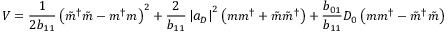
V = \frac { 1 } { 2 { b } _ { 1 1 } } \left( \tilde { m } ^ { \dagger } \tilde { m } - m ^ { \dagger } m \right) ^ { 2 } + \frac { 2 } { { b } _ { 1 1 } } \left| a _ { D } \right| ^ { 2 } \left( m m ^ { \dagger } + \tilde { m } \tilde { m } ^ { \dagger } \right) + \frac { { b } _ { 0 1 } } { { b } _ { 1 1 } } D _ { 0 } \left( m m ^ { \dagger } - \tilde { m } ^ { \dagger } \tilde { m } \right)